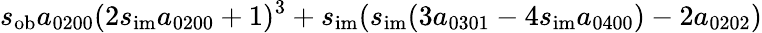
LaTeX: s_{\mathrm{ob}}a_{0200}(2s_{\mathrm{im}}a_{0200}+1)^{3}+s_{\mathrm{im}}(s_{\mathrm{im}}(3a_{0301}-4s_{\mathrm{im}}a_{0400})-2a_{0202})